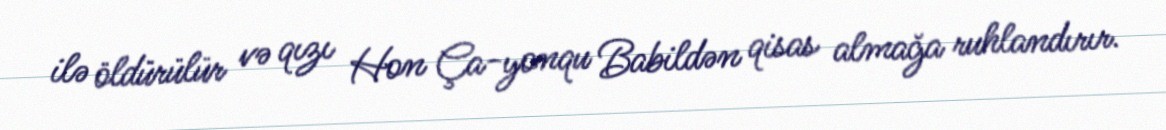
ilə öldürülür və qızı Hon Ça-yonqu Babildən qisas almağa ruhlandırır.